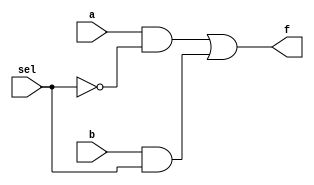
module mux(f, a, b, sel);
    output f;
    input a, b, sel;

    and g1(f1, a, n_sel),
        g2(f2, b, sel);
    not g4(n_sel, sel);
    or  g3(f, f1, f2);
endmodule